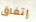
إتفاق